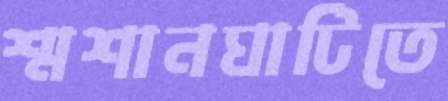
শ্মশানঘাটিতে